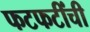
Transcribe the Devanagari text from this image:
फटफटींची